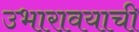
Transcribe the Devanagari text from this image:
उभारावयाची